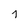
Character: j